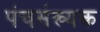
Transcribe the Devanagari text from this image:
पंचसंख्यक